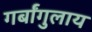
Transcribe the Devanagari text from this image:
गर्बांगुलाय